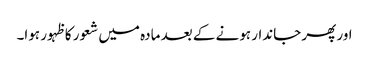
اور پھر جاندار ہونے کے بعد مادہ میں شعور کا ظہور ہوا۔